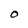
Character: O